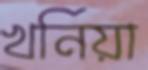
খর্নিয়া